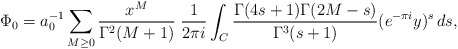
\begin{align*}\Phi_0=a_0^{-1}\sum_{M\geq0} \frac{x^M}{\Gamma^2(M+1)}\; \frac1{2\pi i}\int_C\frac{\Gamma(4s+1)\Gamma(2M-s)} {\Gamma^3(s+1)}(e^{-\pi i}y)^s\,ds, \end{align*}